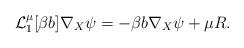
LaTeX: \begin{align*} \mathcal{L}_{1}^{\mu}[\beta b]\nabla_X \psi = -\beta b \nabla_X\psi + \mu R. \end{align*}